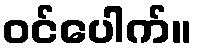
ဝင်ပေါက်။